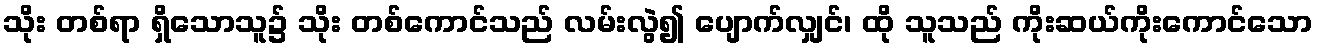
သိုး တစ်ရာ ရှိသောသူ၌ သိုး တစ်ကောင်သည် လမ်းလွဲ၍ ပျောက်လျှင်၊ ထို သူသည် ကိုးဆယ်ကိုးကောင်သော